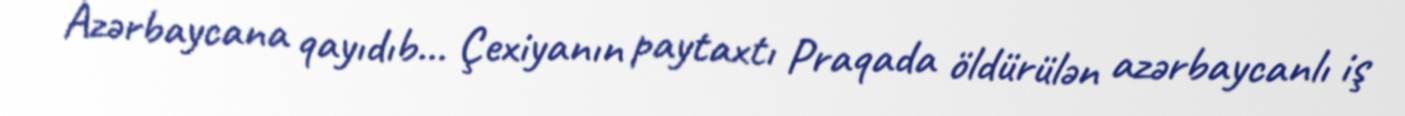
Azərbaycana qayıdıb... Çexiyanın paytaxtı Praqada öldürülən azərbaycanlı iş